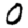
Digit: 0